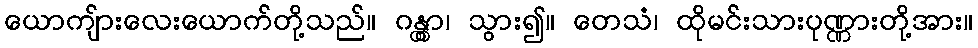
ယောကျ်ားလေးယောက်တို့သည်။ ဂန္တွာ၊ သွား၍။ တေသံ၊ ထိုမင်းသားပုဏ္ဏားတို့အား။